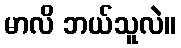
မာလိ ဘယ်သူလဲ။